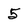
Character: 5